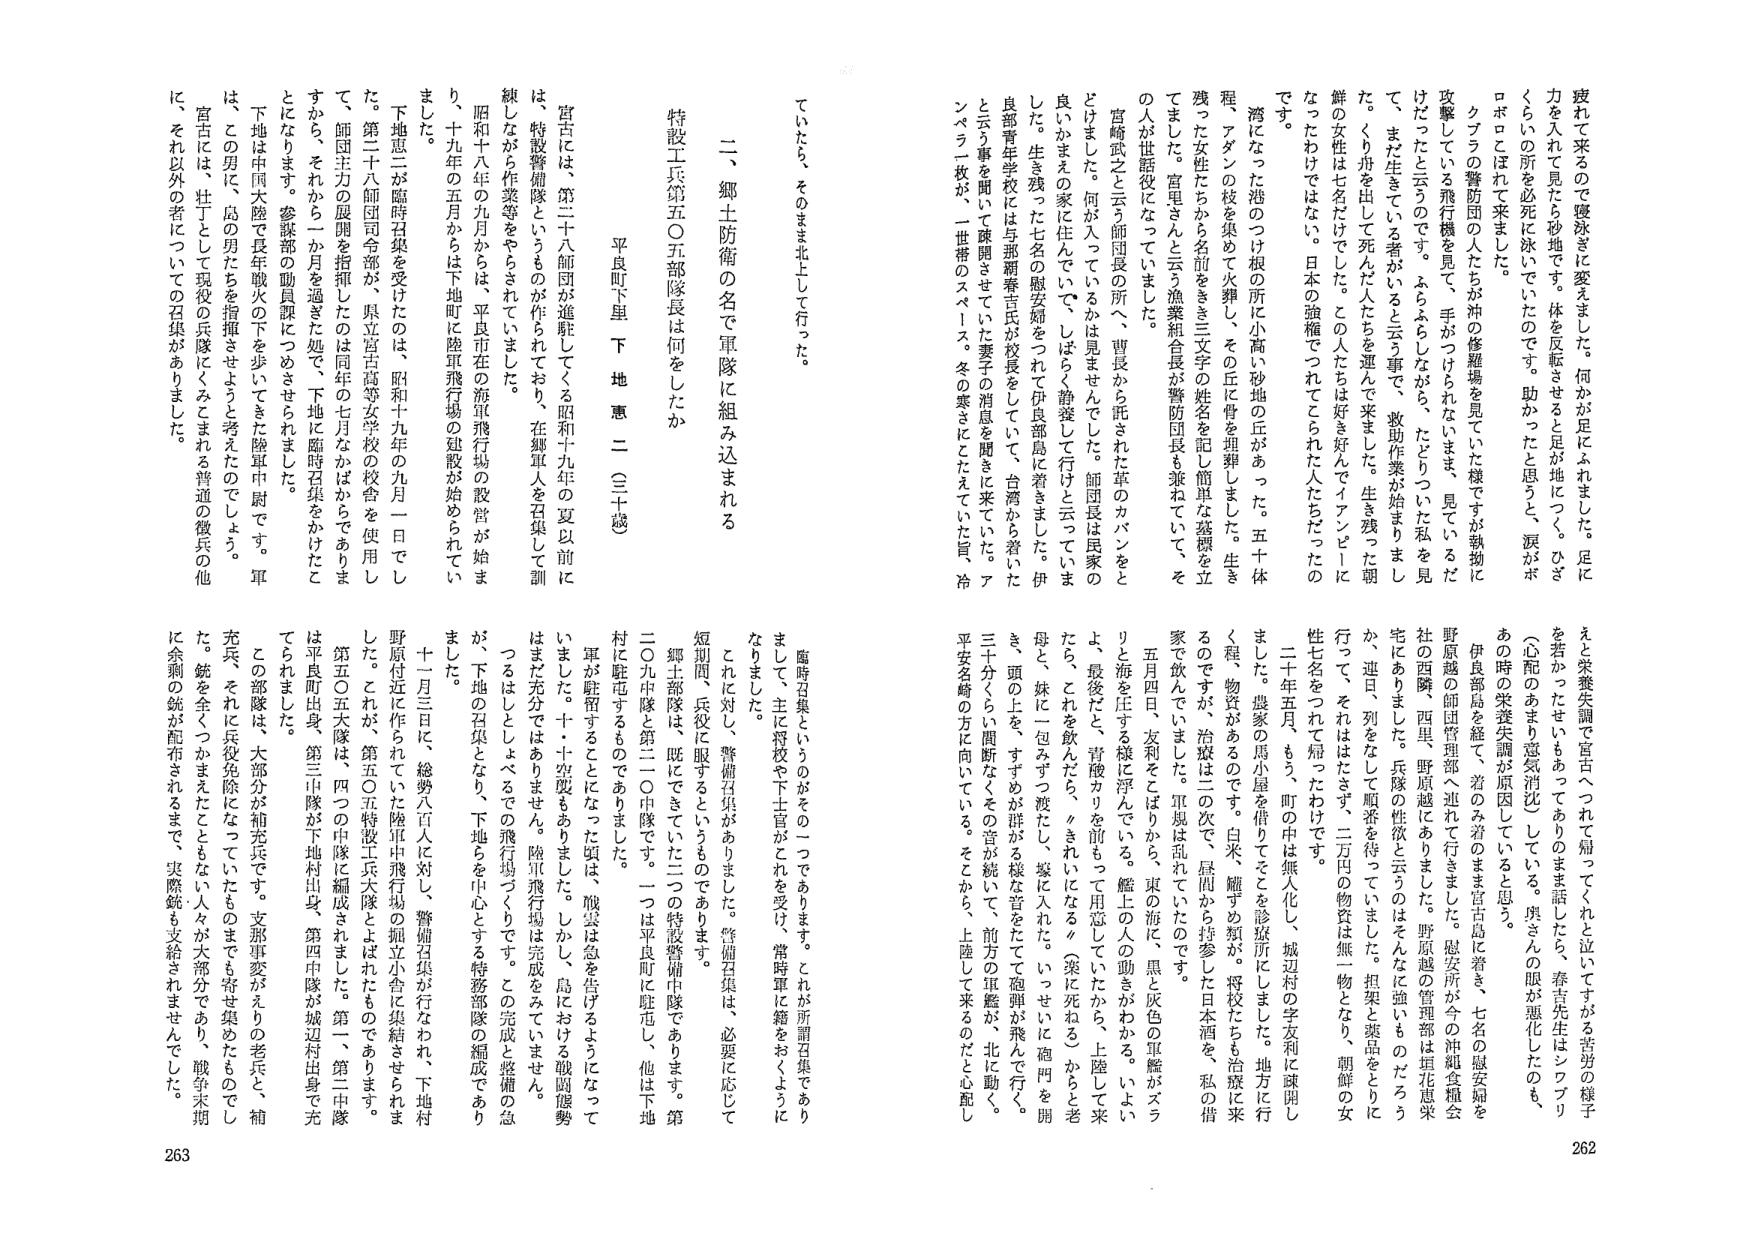
疲れで来るので寝泳ぎに変えました。何かが足にふれました。足に力を入れて見たら砂地です。体を反転させると足が地につく。ひざくらいの所を必死に泳いでいたのです。助かったと思うと、涙がポロポロと流れて来ました。

クブラの警防団の人たちが沖の修繕場を見ていた様です。が執拗に攻撃している飛行機を見て、手がつけられないと、見ているだけだったと云うのです。よろろしながら、たどりついた私を見て、まだ生きている者がいると云う事で、救助作業が始まりました。くりが舟を出して死んだ人たちを運んできました。生き残った朝鮮の女性は七名だでした。この人たちは好き好んでイアンピに帰ったわけではない。日本の強権でつれてこられた人たちだったのです。

湾になった港のつけ根の所に小高い砂地の丘があった。五十体程、アダンの枝を集めて火葬し、その丘に骨を埋葬しました。生き残った女性たちから名前をきき三文字の姓名を記し簡単な墓標を立てました。宮里さんと云う漁業組合長が警防団長も兼ねていて、その宮崎武之と云う師団長の所へ、曹長から託された革のカバンをとどけました。何が入っているかは見ませんでした。師団長は民家の良いかまえの家に住んでいて、しばらく静養して行けと云っていました。生き残った七名の慰安婦をつれて伊良部島に着きました。伊良部青年学校には与那覇幸吉氏が校長をしていて、台湾から着いたと云う事を聞いて疎開させていた妻子の消息を聞きに来ていた、アンペラ一枝が、一世帯のスペース。冬の寒さにたえていた旨、冷

えと栄養失調で宮古へつれて帰ってくれと泣いてすがる苦労の様子を若かったまいまもあってありのまま話したら、春吉先生はソフブリ（心配のあまり意気消沈）していると思う。奥さんの服が悪化したのも、あの時の栄養失調が原因していると思う。

伊良部島を経て、着のみ着のまま宮古島に着き、七名の慰安婦を野原越の師団管理部へ連れて行きました。慰安所が今の沖縄食糧会社の西隣、西里、野原越にありました。野原越の管理部は垣北恵栄宅にありました。兵隊の性欲と云うのはそんなに強いものだろうか、連日、列をなして順番を待っています。担架と薬品をとりに行って、それはたさず、二万円の物資は無物となり、朝鮮の女性七名をつれて帰ったわけです。

二十年五月、もう、町の中は無人化し、城辺村の字友利に疎開しました。農家の馬小屋を借りてそこを診療所にしました。地方に行く程、物資があるのです。白米、醸すめ麺が、将校たちも治療に来るのですが、治療は二の次で、昼間から持参した日本酒を、私の借家で飲んでいました。軍規は乱れているのです。

五月四日、友利をとどりから、東の海に、黒と灰色の軍艦がズラリと海を圧する様に浮んでいる。艦上の人人の動きがわかる。いよいよ、最後だと、青酸カリを前もって用意していたから、上陸して来たら、これを飲んだら、『きれいになる』（薬に死ねる）からと老母と、妹に一包みずつ渡たし、家に入れた。いっせいに砲門を開き、頭の上を、すずめが群がる様な音をたてて砲弾が飛んで行く。三十分くらい間断なくその音が続いて、前方の軍艦が、北に動く。平安名崎の方に向いている。そこから、上陸して来るのだと心配し

ていたら、そのまま北上して行った。

二、郷土防衛の名で軍隊に組み込まれる

特設工兵第五〇五部隊長は何をしたか

平良町下里 下地 恵 二（三十歳）

宮古には、第二十八師団が進駐してくる昭和十九年の夏以前には、特設警備隊というものが作られており、在郷軍人を召集して訓練しながら作業等をやらされていました。

昭和十八年の九月からは、平良市在の陸軍飛行場の設営が始まり、十九年の五月からは下地町に陸軍飛行場の建設が始められていました。

下地恵二が臨時召集を受けたのは、昭和十九年の九月一日でした。第二十八師団司令部が、県立宮古高等女学校の校舎を使用して、師団主力の展開を指揮したのは同年の七月なかばからありますから、それから一か月を過ぎた処で、下地に臨時召集をかけたところです。参謀部の動員課にたのめさせられました。

下地は中国大陸で長年戦火の下を歩いてきた陸軍中尉です。軍は、この男に、島の男たちを指揮させようと考えたのでしょう。

宮古には、壮丁として現役の兵隊にくみこまれる普通の徴兵の他に、それ以外の者についての召集がありました。

臨時召集というのはその一つであります。これが所謂召集でありまして、主に将校や下士官がこれを受けて、常時軍に籍をおくようになりました。

これに対し、警備召集がありました。警備召集は、必要に応じて短期間、兵役に服するというものであります。

郷土部隊は、既にできていた三つの特設警備中隊であります。第二〇九中隊と第二〇〇中隊です。一つは平良町に駐屯し、他は下地村に駐屯するものでありました。

軍が駐留することになった頃は、酸雲は急を告げるようにになっていました。十・十空襲もありました。しかし、島における戦闘態勢はまだ充分ではありません。陸軍飛行場は完成していません。

つるはしとしょべるでの飛行場づくりです。この完成と整備の急が、下地の召集となり、下地らを中心とする特務部隊の編成でありました。

十一月三日に、総勢八百人に対し、警備召集が行なわれ、下地村野原付近に作られていた陸軍中飛行場の掘立小舎に集結させられました。これが、第五〇五特設工兵大隊とよばれたものであります。

第五〇五大隊は、四つの中隊に編成されました。第一、第二中隊は平良町出身、第三中隊が下地村出身、第四中隊が城辺村出身で充てられました。

この部隊は、大部分が補充兵です。支那事変がえりの老兵と、補充兵、それに兵役免除になっていたものまでも寄せ集めたものでした。銃を全くつかまえたこともない人々が大部分であり、戦争末期に余剰の銃が配布されるまで、実際銃も支給されませんでした。

262
263